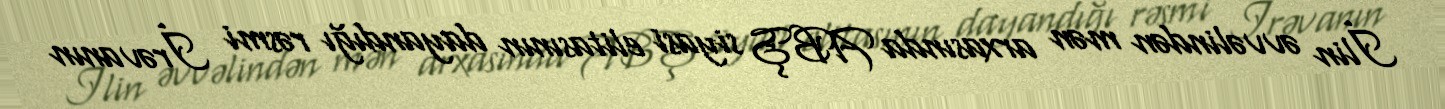
İlin əvvəlindən mən arxasında ABŞ siyasi elitasının dayandığı rəsmi İrəvanın